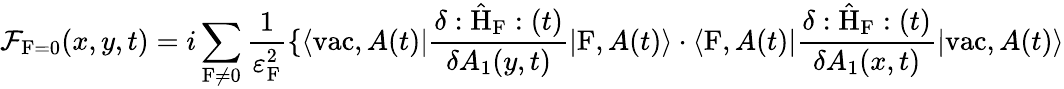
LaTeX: {\cal F}_{\mathrm{F}=0}(x,y,t)=i\sum_{\mathrm{F}\neq 0}\frac{1}{{\varepsilon}_{\mathrm{F}}^{2}}\{ \langle\mathrm{vac},A(t)|\frac{\delta:\hat{\mathrm{H}}_{\mathrm{F}}:(t)}{\delta A_{1}(y,t)}|\mathrm{F},A(t)\rangle\cdot\langle\mathrm{F},A(t)|\frac{\delta:\hat{\mathrm{H}}_{\mathrm{F}}:(t)}{\delta A_{1}(x,t)}|\mathrm{vac},A(t)\rangle